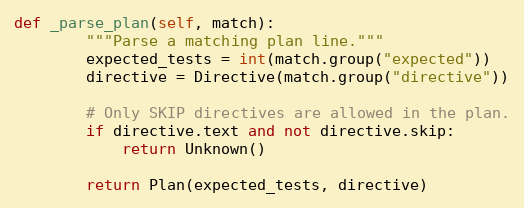
Language: Python
def _parse_plan(self, match):
        """Parse a matching plan line."""
        expected_tests = int(match.group("expected"))
        directive = Directive(match.group("directive"))

        # Only SKIP directives are allowed in the plan.
        if directive.text and not directive.skip:
            return Unknown()

        return Plan(expected_tests, directive)